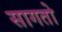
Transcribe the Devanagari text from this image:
सागतो